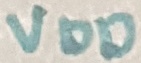
Text: VDD